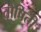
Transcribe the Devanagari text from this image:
तोषिती